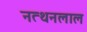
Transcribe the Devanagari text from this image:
नत्थनलाल